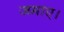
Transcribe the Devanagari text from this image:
जमाए।